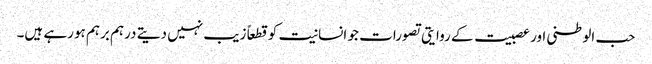
حب الوطنی اور عصبیت کے روایتی تصورات جو انسانیت کو قطعاً زیب نہیں دیتے درہم برہم ہورہے ہیں۔